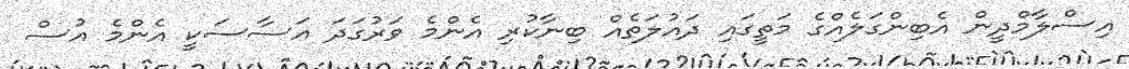
އިސްލާމްދީން އެބިންގަލެއްގެ މަތީގައި ދައުލަތެއް ބިނާކުރި އެންމެ ވަރުގަދަ އަސާސަކީ އެންމެ އުސް